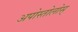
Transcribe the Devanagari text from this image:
अपोस्तोलोस्